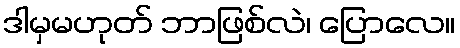
ဒါမှမဟုတ် ဘာဖြစ်လဲ၊ ပြောလေ။